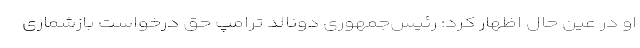
او در عین حال اظهار کرد: رئیس‌جمهوری دونالد ترامپ حق درخواست بازشماری